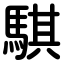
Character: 騏